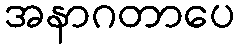
အနာဂတာပေ